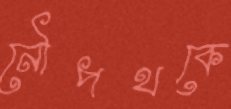
নৌপথকে